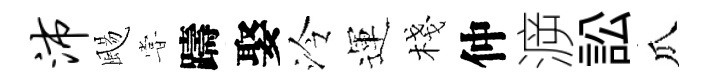
沛颺甞躊娶泠運棧仲㴑訟瓜